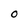
Character: O